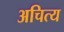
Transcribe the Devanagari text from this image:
अचित्य